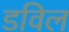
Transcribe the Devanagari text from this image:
डविल